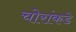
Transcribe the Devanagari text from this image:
चोरांकडे